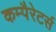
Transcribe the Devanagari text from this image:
कम्पैरेटर्स